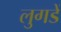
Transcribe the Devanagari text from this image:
लुगडें